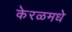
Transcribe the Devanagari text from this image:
केरळमधे